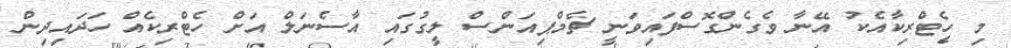
މި ހެޓްރިކާއެކު އޭނާ ވެގެންގޮސްފައިވަނީ ޗެމްޕިއަންސް ލީގުގައި އާސެނަލް އަށް ހެޓްރިކެއް ހަދައިދިން